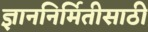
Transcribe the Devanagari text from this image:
ज्ञाननिर्मितीसाठी